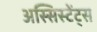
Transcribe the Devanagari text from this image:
अस्सिस्टेंट्स